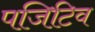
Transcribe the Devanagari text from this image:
पजिटिव